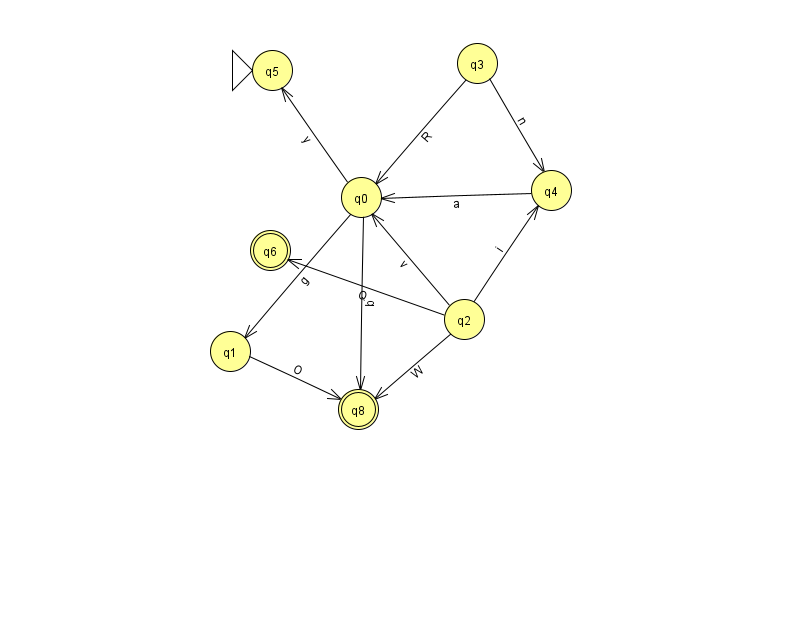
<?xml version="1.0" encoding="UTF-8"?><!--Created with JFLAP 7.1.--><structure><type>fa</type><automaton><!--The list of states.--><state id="0" name="q0"><x>361.0</x><y>184.0</y></state><state id="1" name="q1"><x>230.0</x><y>338.0</y></state><state id="2" name="q2"><x>464.0</x><y>306.0</y></state><state id="3" name="q3"><x>477.0</x><y>50.0</y></state><state id="4" name="q4"><x>551.0</x><y>177.0</y></state><state id="5" name="q5"><x>272.0</x><y>57.0</y><initial/></state><state id="6" name="q6"><x>270.0</x><y>237.0</y><final/></state><state id="8" name="q8"><x>358.0</x><y>396.0</y><final/></state><!--The list of transitions.--><transition><from>2</from><to>6</to><read>Q</read></transition><transition><from>3</from><to>4</to><read>n</read></transition><transition><from>3</from><to>0</to><read>R</read></transition><transition><from>1</from><to>8</to><read>O</read></transition><transition><from>0</from><to>5</to><read>y</read></transition><transition><from>0</from><to>8</to><read>b</read></transition><transition><from>2</from><to>0</to><read>v</read></transition><transition><from>2</from><to>4</to><read>i</read></transition><transition><from>0</from><to>1</to><read>g</read></transition><transition><from>2</from><to>8</to><read>W</read></transition><transition><from>4</from><to>0</to><read>a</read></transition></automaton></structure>